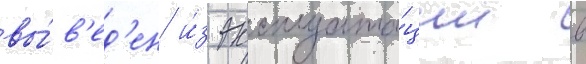
вы́в'ед'ен и́з эксплуата́ции в